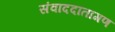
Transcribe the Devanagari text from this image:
संवाददातागण